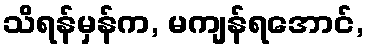
သိရန်မှန်က, မကျန်ရအောင်,